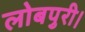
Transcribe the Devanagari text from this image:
लोबपुरी।